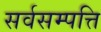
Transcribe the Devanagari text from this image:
सर्वसम्पत्ति